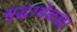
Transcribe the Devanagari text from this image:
युद्धावेळचा